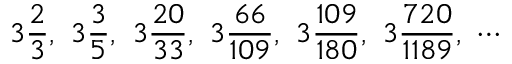
3 { \frac { 2 } { 3 } } , \ 3 { \frac { 3 } { 5 } } , \ 3 { \frac { 2 0 } { 3 3 } } , \ 3 { \frac { 6 6 } { 1 0 9 } } , \ 3 { \frac { 1 0 9 } { 1 8 0 } } , \ 3 { \frac { 7 2 0 } { 1 1 8 9 } } , \ \cdots